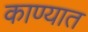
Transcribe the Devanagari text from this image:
काण्यात